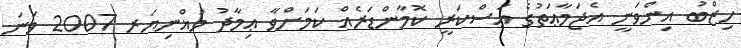
ހިޒްބު އިންވަނީ އެޖަމާޢަތުގެ ޢަސްކަރީ ކޮމާންޑަރެއް ކަމަށްވާ ޢިމާދު މުޣްނިޔަރ 2007 ވަނަ